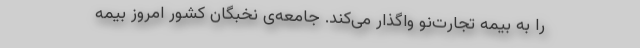
را به بیمه تجارت‌نو واگذار می‌کند. جامعه‌ی نخبگان کشور امروز بیمه